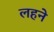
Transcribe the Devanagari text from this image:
लहने